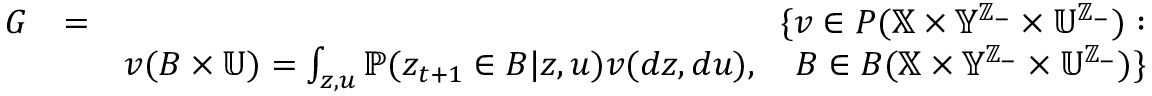
\begin{array} { r l r } { { \cal G } } & { = } & { \{ v \in { \cal P } ( \mathbb { X } \times \mathbb { Y } ^ { \mathbb { Z } _ { - } } \times \mathbb { U } ^ { \mathbb { Z } _ { - } } ) : } \\ & { } & { v ( B \times \mathbb { U } ) = \int _ { z , u } \mathbb { P } ( z _ { t + 1 } \in B | z , u ) v ( d z , d u ) , \quad B \in { \cal B } ( \mathbb { X } \times \mathbb { Y } ^ { \mathbb { Z } _ { - } } \times \mathbb { U } ^ { \mathbb { Z } _ { - } } ) \} } \end{array}